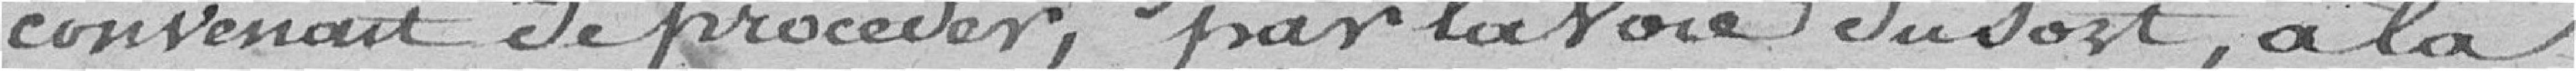
convenait de procéder, par la voie du sort, à la